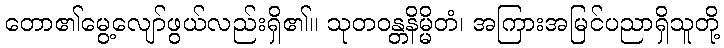
တော၏မွေ့လျော်ဖွယ်လည်းရှိ၏။ သုတဝန္တနိမ္မိတံ၊ အကြားအမြင်ပညာရှိသူတို့